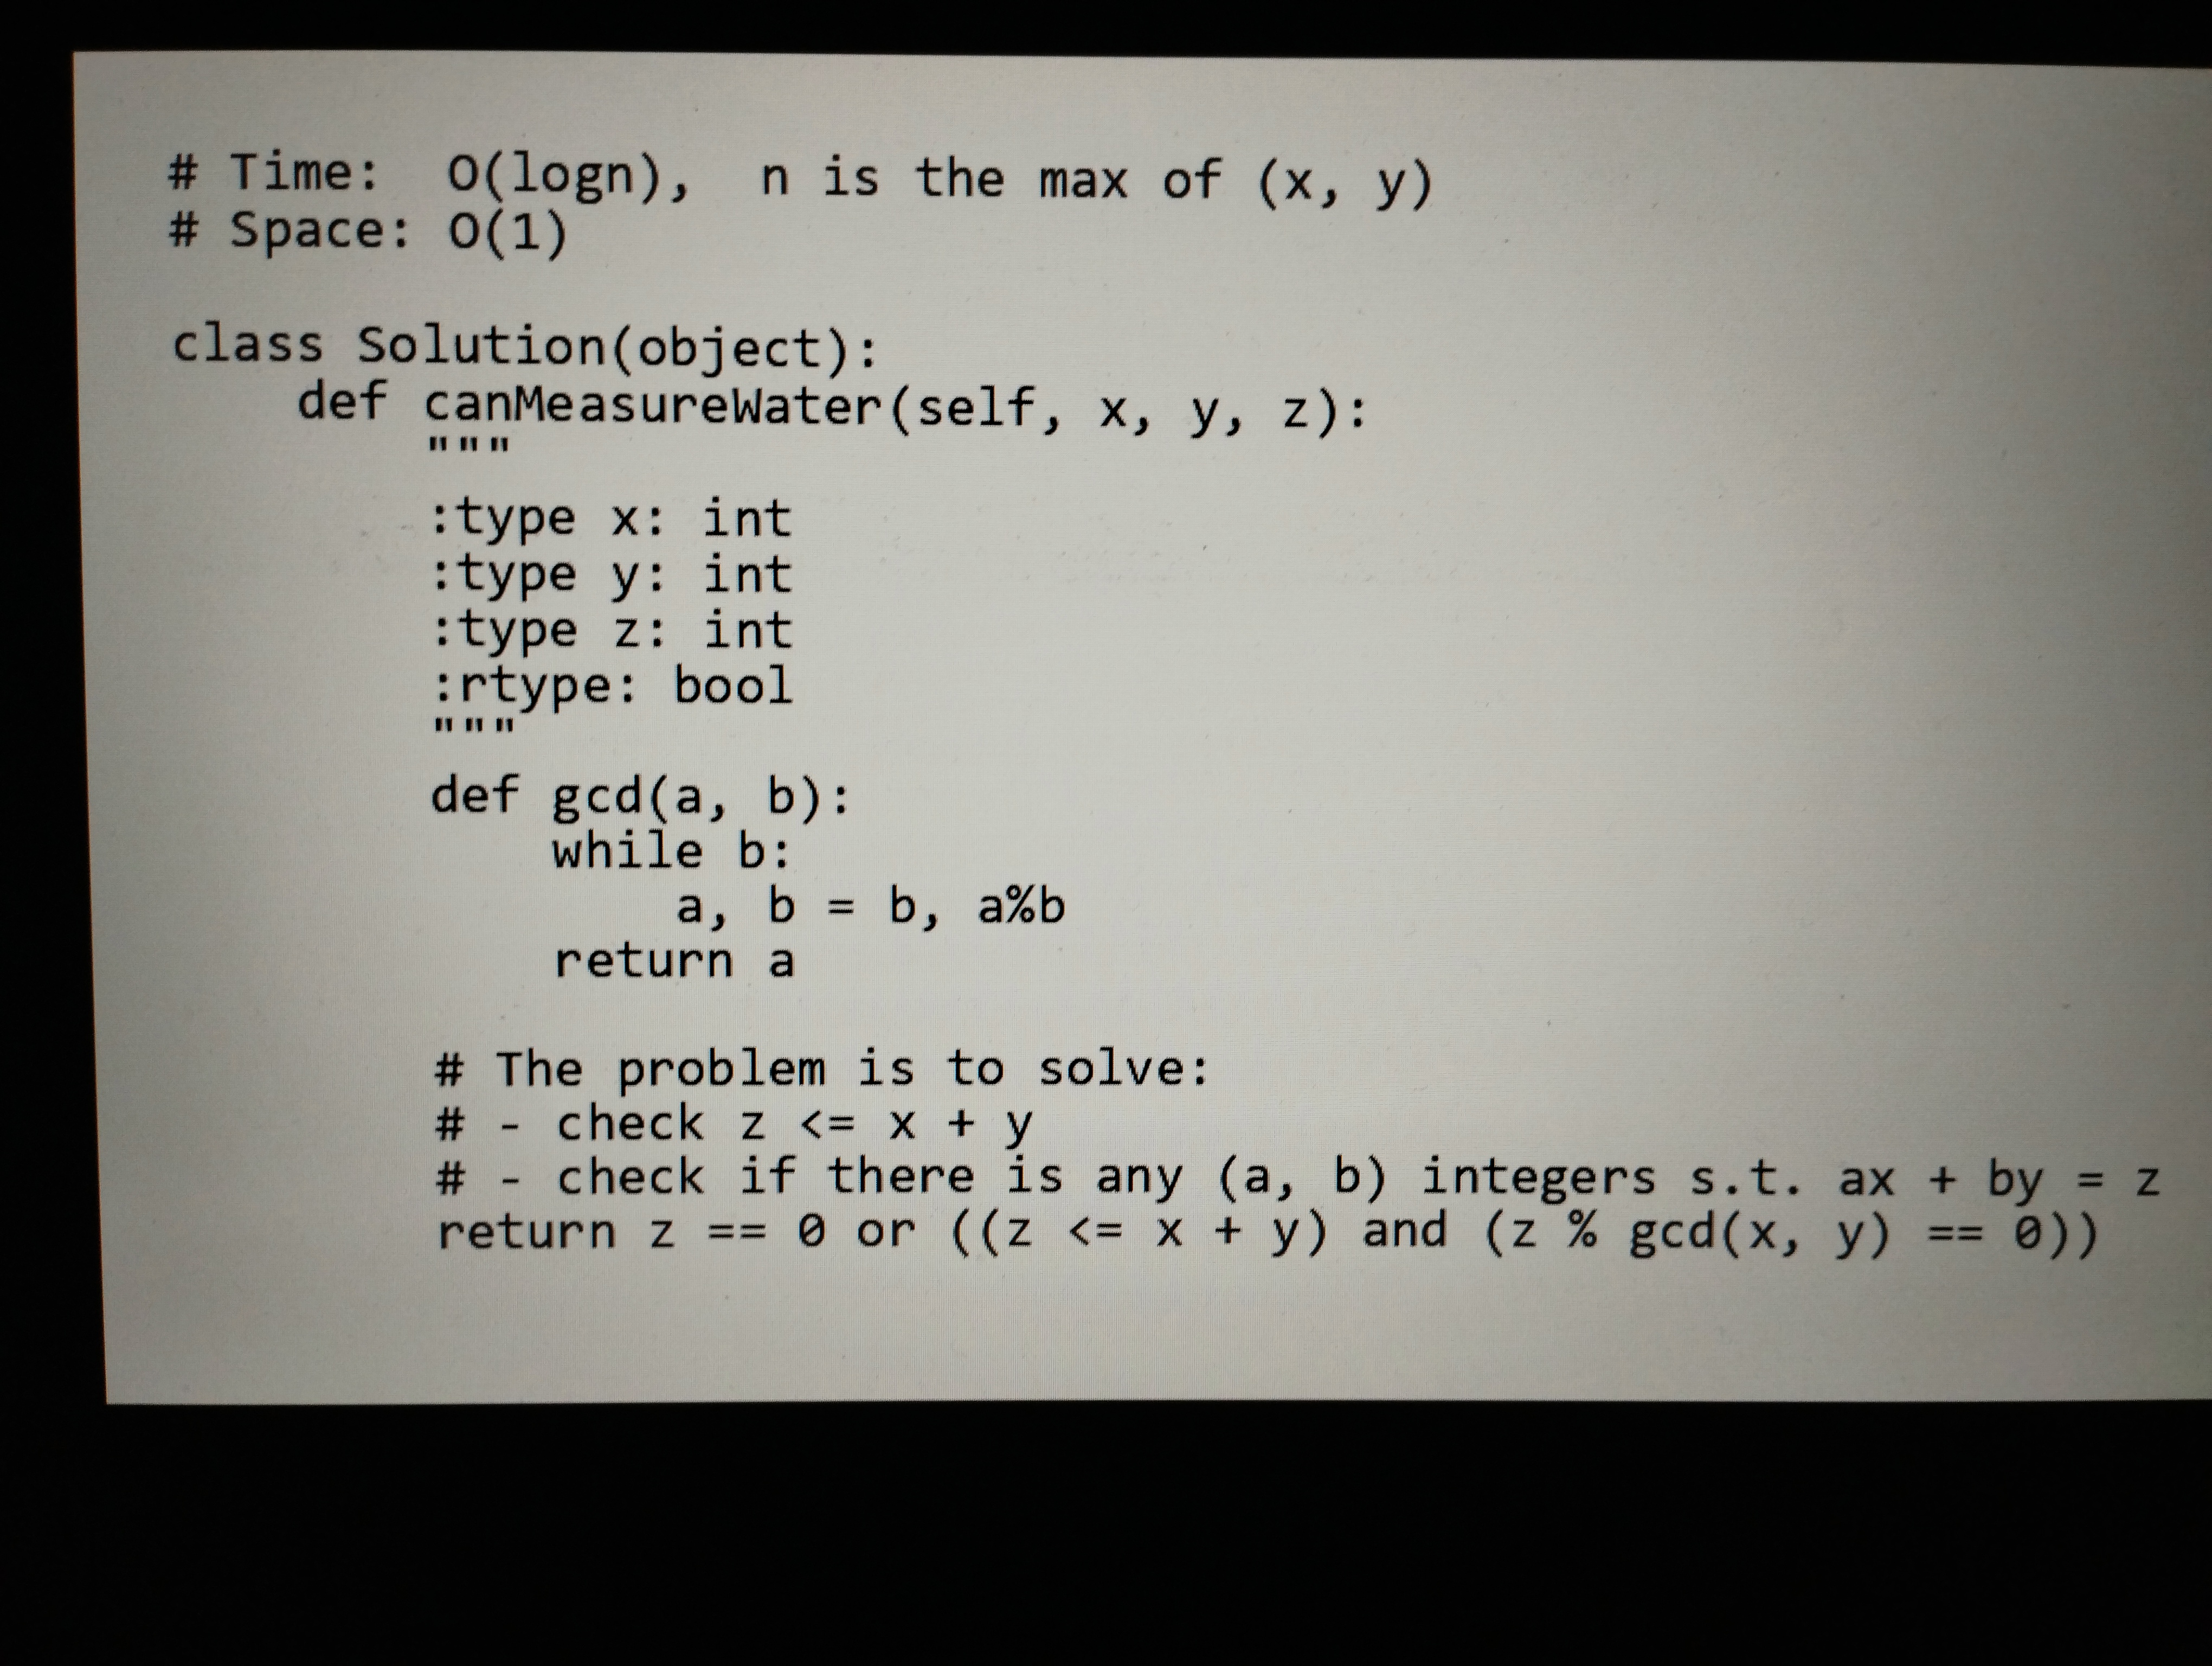
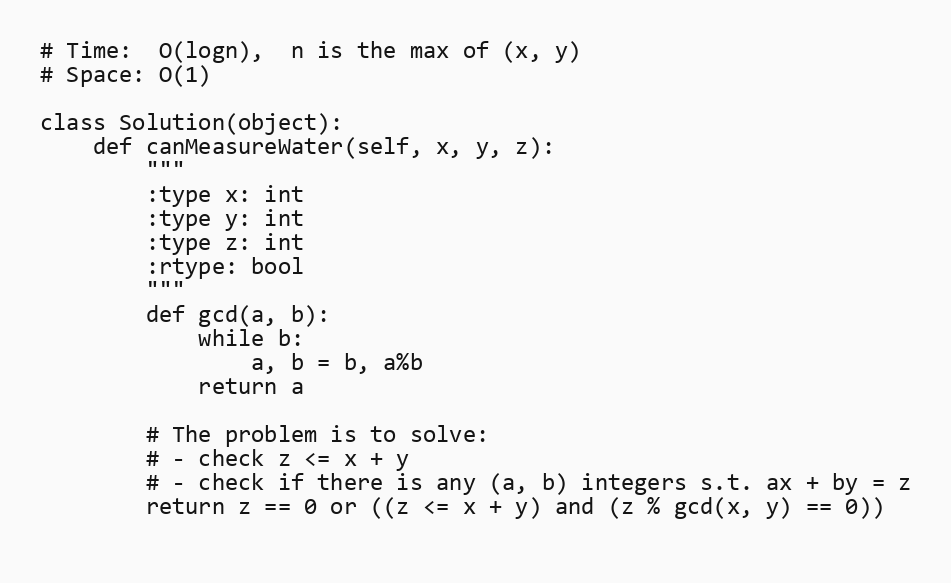
# Time:  O(logn),  n is the max of (x, y)
# Space: O(1)

class Solution(object):
    def canMeasureWater(self, x, y, z):
        """
        :type x: int
        :type y: int
        :type z: int
        :rtype: bool
        """
        def gcd(a, b):
            while b:
                a, b = b, a%b
            return a

        # The problem is to solve:
        # - check z <= x + y
        # - check if there is any (a, b) integers s.t. ax + by = z
        return z == 0 or ((z <= x + y) and (z % gcd(x, y) == 0))